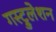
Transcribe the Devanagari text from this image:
गस्ट्रुलेशन